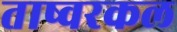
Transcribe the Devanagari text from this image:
ताष्वरकल